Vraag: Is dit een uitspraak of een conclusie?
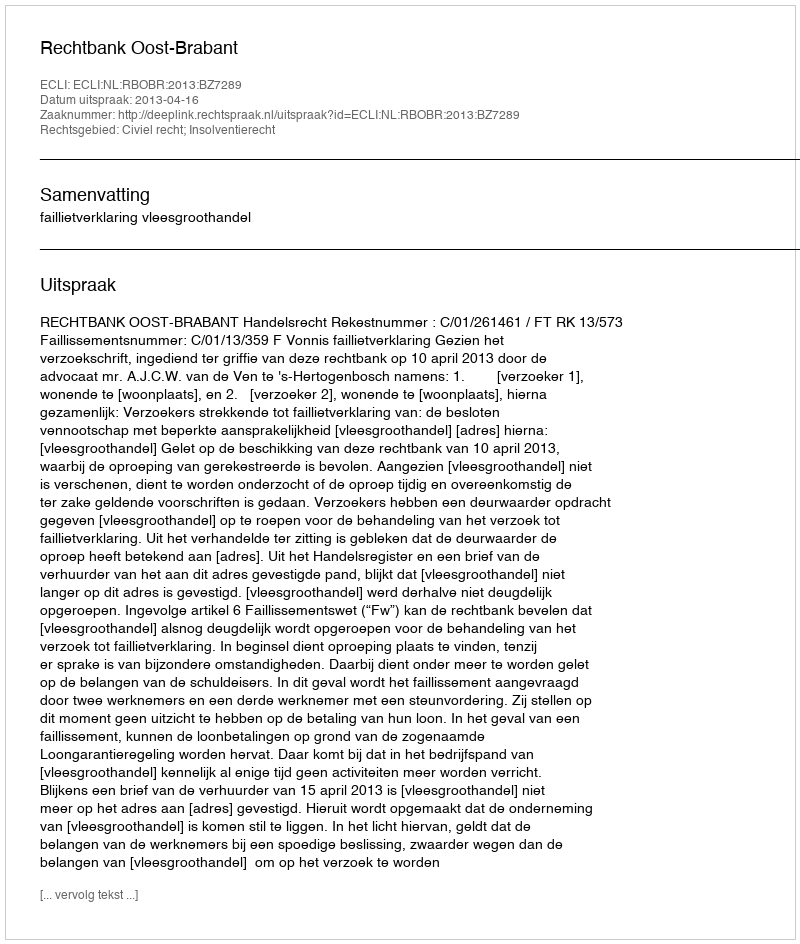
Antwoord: Uitspraak